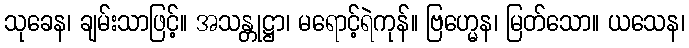
သုခေန၊ ချမ်းသာဖြင့်။ အသန္တုဋ္ဌာ၊ မရောင့်ရဲကုန်။ ဗြဟ္မေန၊ မြတ်သော။ ယသေန၊